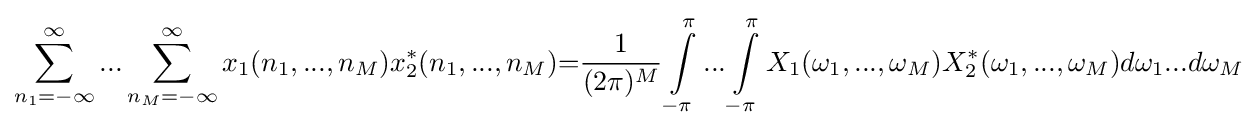
\sum _{n_{1}=-\infty }^{\infty }...\sum _{n_{M}=-\infty }^{\infty }x_{1}(n_{1},...,n_{M})x_{2}^{*}(n_{1},...,n_{M}){=}{\frac {1}{(2\pi )^{M}}}\int \limits _{-\pi }^{\pi }...\int \limits _{-\pi }^{\pi }X_{1}(\omega _{1},...,\omega _{M})X_{2}^{*}(\omega _{1},...,\omega _{M})d\omega _{1}...d\omega _{M}